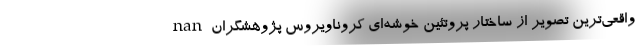
nan واقعی‌ترین تصویر از ساختار پروتئین خوشه‌ای کروناویروس پژوهشگران